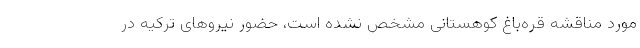
مورد مناقشه قره‌باغ کوهستانی مشخص نشده است، حضور نیروهای ترکیه در